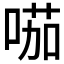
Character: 𠸏